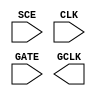
module sky130_fd_sc_ms__sdlclkp (
    //# {{scanchain|Scan Chain}}
    input  SCE ,

    //# {{clocks|Clocking}}
    input  CLK ,
    input  GATE,
    output GCLK
);

    // Voltage supply signals
    supply1 VPWR;
    supply0 VGND;
    supply1 VPB ;
    supply0 VNB ;

endmodule